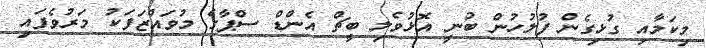
މިކަމާއި ގުޅިގެން ފުލުހުން ބުނީ އޮޅުވެލި ބީޗް އެންޑް ސްޕާގެ މުވައްޒަފަކު މަރުވެފައި